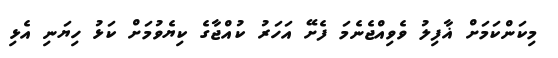
މިކަންކަމަށް ޣާފިލު ވެވިއްޖެނެމަ ފެށޭ އަހަރު ކުއްޖާގެ ކިޔެވުމަށް ކަޅު ހިޔަނި އެޅި